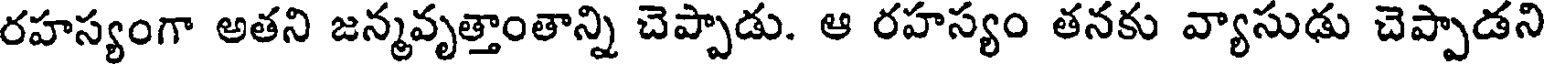
రహస్యంగా అతని జన్మవృత్తాంతాన్ని చెప్పాడు. ఆ రహస్యం తనకు వ్యాసుఢు చెప్పాడని